Lunatic asylums Bombay report 1891-1903 - 1891-1903
Year: 1891
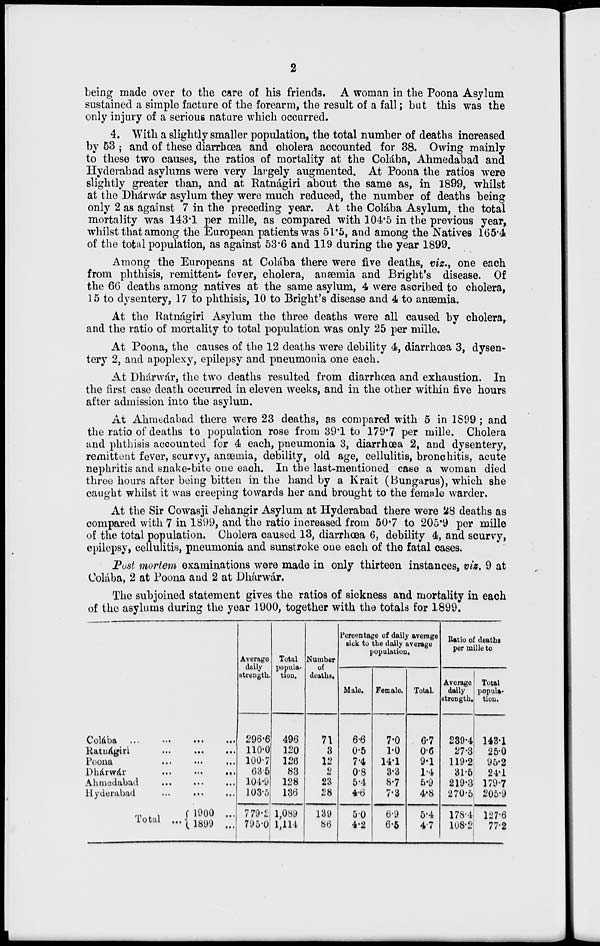
2
being made over to the care of his friends. A woman in the Poona Asylum
sustained a simple facture of the forearm, the result of a fall; but this was the
only injury of a serious nature which occurred.
4. With a slightly smaller population, the total number of deaths increased
by 53 ; and of these diarrhœa and cholera accounted for 38. Owing mainly
to these two causes, the ratios of mortality at the Colába, Ahmedabad and
Hyderabad asylums were very largely augmented. At Poona the ratios were
slightly greater than, and at Ratnágiri about the same as, in 1899, whilst
at the Dhárwár asylum they were much reduced, the number of deaths being
only 2 as against 7 in the preceding year. At the Colába Asylum, the total
mortality was 143.1 per mille, as compared with 104.5 in the previous year,
whilst that among the European patients was 51.5, and among the Natives 165.4
of the total population, as against 53.6 and 119 during the year 1899.
Among the Europeans at Colába there were five deaths, viz., one each
from phthisis, remittent fever, cholera, anæmia and Bright's disease. Of
the 66 deaths among natives at the same asylum, 4 were ascribed to cholera,
15 to dysentery, 17 to phthisis, 10 to Bright's disease and 4 to anæmia.
At the Ratnágiri Asylum the three deaths were all caused by cholera,
and the ratio of mortality to total population was only 25 per mille.
At Poona, the causes of the 12 deaths were debility 4, diarrhœa 3, dysen-
tery 2, and apoplexy, epilepsy and pneumonia one each.
At Dhárwár, the two deaths resulted from diarrhœa and exhaustion. In
the first case death occurred in eleven weeks, and in the other within five hours
after admission into the asylum.
At Ahmedabad there were 23 deaths, as compared with 5 in 1899 ; and
the ratio of deaths to population rose from 39.1 to 179.7 per mille. Cholera
and phthisis accounted for 4 each, pneumonia 3, diarrhœa 2, and dysentery,
remittent fever, scurvy, anæmia, debility, old age, cellulitis, bronchitis, acute
nephritis and snake-bite one each. In the last-mentioned case a woman died
three hours after being bitten in the hand by a Krait (Bungarus), which she
caught whilst it was creeping towards her and brought to the female warder.
At the Sir Cowasji Jehangir Asylum at Hyderabad there were 28 deaths as
compared with 7 in 1899, and the ratio increased from 50.7 to 205.9 per mille
of the total population. Cholera caused 13, diarrhœa 6, debility 4, and scurvy,
epilepsy, cellulitis, pneumonia and sunstroke one each of the fatal cases.
Post mortem examinations were made in only thirteen instances, viz. 9 at
Colába, 2 at Poona and 2 at Dhárwár.
The subjoined statement gives the ratios of sickness and mortality in each
of the asylums during the year 1900, together with the totals for 1899.
Colába
...
...
...
..
Ratnágiri
...
...
...
Poona
...
...
...
Dhárwár
...
...
...
Ahmedabad ... ... ...
Hyderabad ... ... ...
Total ...
1900 ...
1899 ...
Average
daily
strength.
296.6
110.0
100.7
63.5
104.9
103.5
779.2
795.0
Total
popula-
tion.
496
120
126
83
128
136
1,089
1,114
Number
of
deaths.
71
3
12
2
23
28
139
86
Percentage of daily average
sick to the daily average
population.
Male.
6.6
0.5
7.4
0.8
5.4
4.6
5.0
4.2
Female.
7.0
1.0
14.1
3.3
8.7
7.3
6.9
6.5
Total.
6.7
0.6
9.1
1.4
5.9
4.8
5.4
4.7
Ratio of deaths
per mille to
Average
daily
strength.
239.4
27.3
119.2
31.5
219.3
270.5
178.4
108.2
Total
popula-
tion.
143.1
25.0
95.2
24.1
179.7
205.9
127.6
77.2